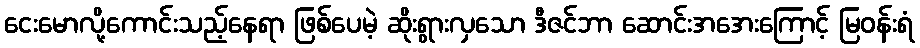
ငေးမောလို့ကောင်းသည့်နေရာ ဖြစ်ပေမဲ့ ဆိုးရွားလှသော ဒီဇင်ဘာ ဆောင်းအအေးကြောင့် မြဝန်းရံ